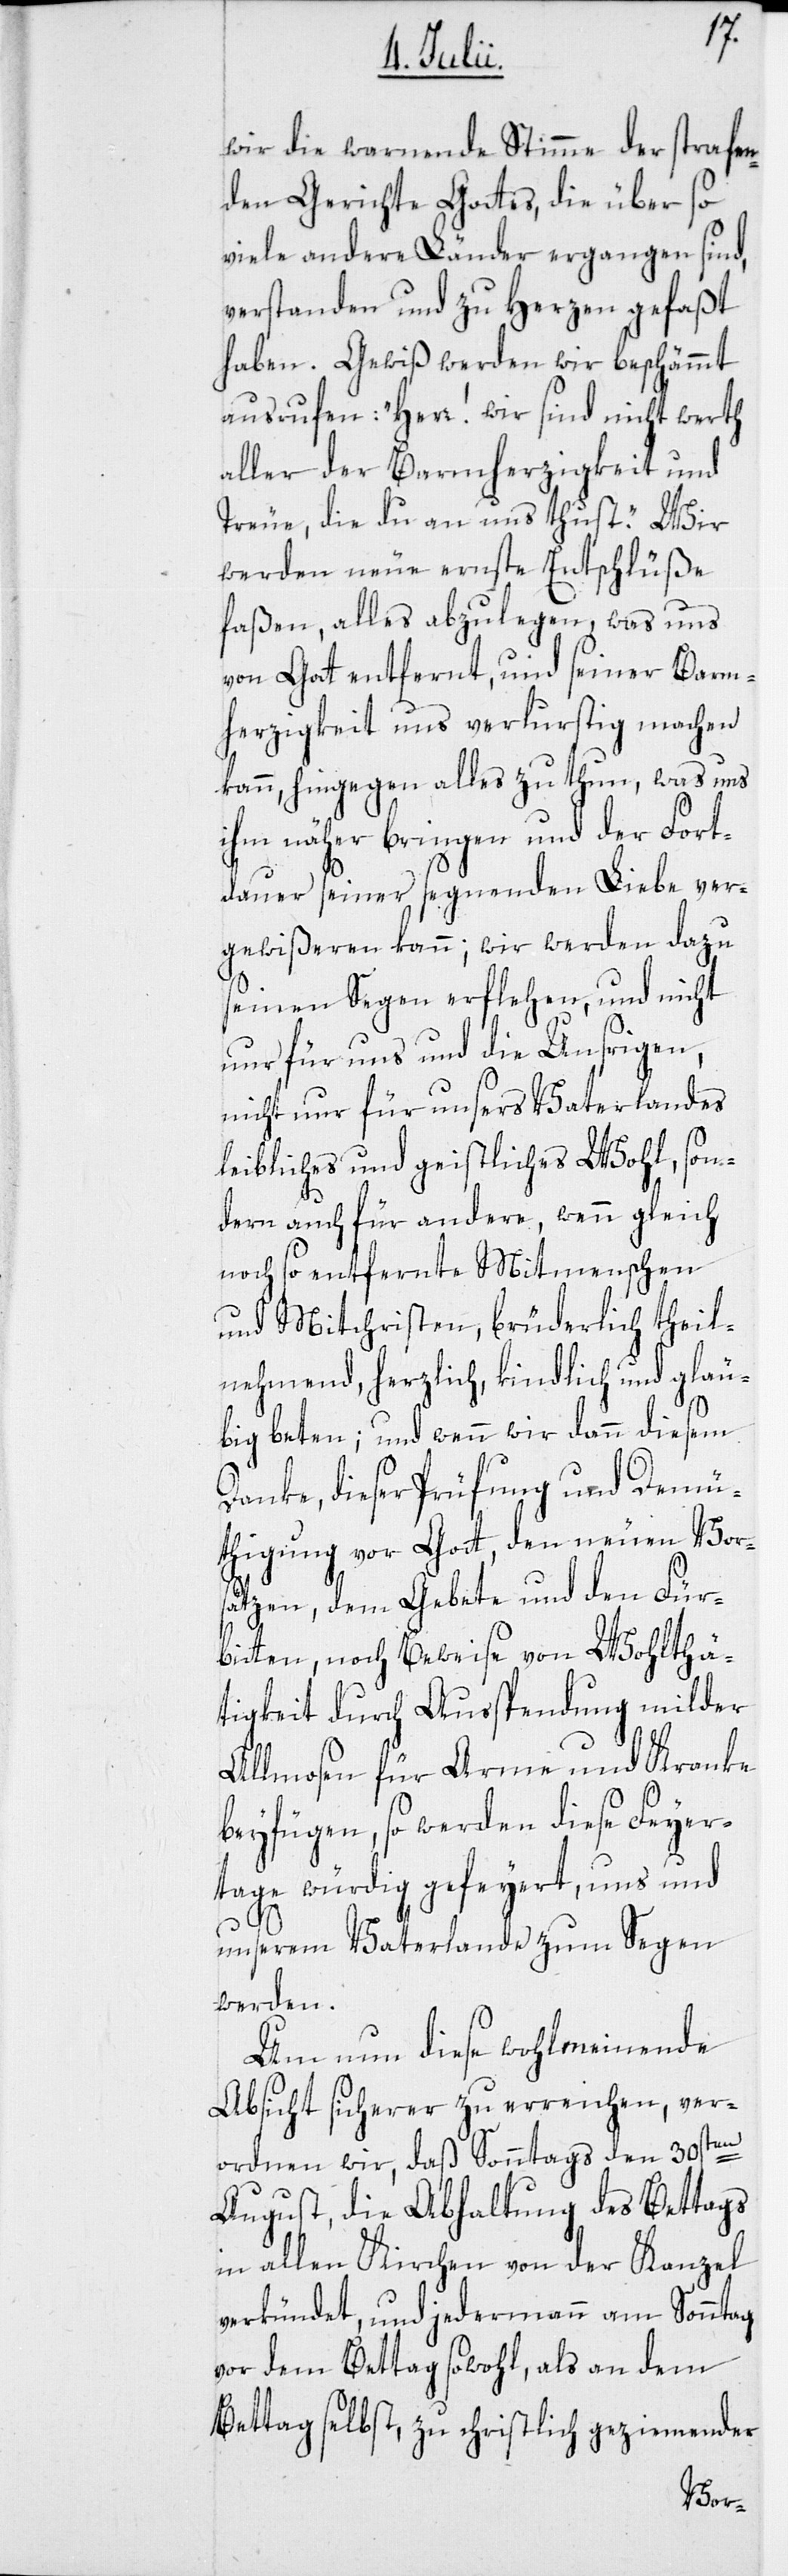
wir die warnende Stimme der strafen¬
den Gerichte Gottes, die über so
viele andere Länder ergangen sind,
verstanden und zu Herzen gefaßt
haben. Gewiß werden wir beschämmt
ausrufen: „Herr! wir sind nicht werth
aller der Barmherzigkeit und
Treue, die du an uns thust.“ Wir
werden neue ernste Entschlüße
faßen, alles abzulegen, was uns
von Gott entfernt, und seiner Barm¬
herzigkeit uns verlurstig machen
kann, hingegen alles zu thun, was uns
ihm näher bringen und der Fort¬
dauer seiner segnenden Liebe ver¬
gewißeren kann; wir werden dazu
seinen Segen erflehen, und nicht
nur für uns und die Unsrigen,
nicht nur für unsers Vaterlandes
leibliches und geistliches Wohl, son¬
dern auch für andere, wenn gleich
noch so entfernte Mitmenschen
und Mitchristen, brüderlich theil¬
nehmend, herzlich, kindlich und gläu¬
big beten; und wenn wir dann diesem
Danke, dieser Prüfung und Demü¬
thigung vor Gott, den neuen Vor¬
sätzen, dem Gebete und den Für¬
bitten, noch Beweise von Wohlthä¬
tigkeit durch Ausspendung milder
Allmosen für Arme und Kranke
beyfügen, so werden diese Feyer¬
tage würdig gefeyert, uns und
unserem Vaterlande zum Segen
werden.
Um nun diese wohlmeinende
Absicht sicherer zu erreichen, ver¬
ordnen wir, daß Sonntags den 30sten
August, die Abhaltung des Bettags
in allen Kirchen von der Kanzel
verkündet, und jedermann am Sonntag
vor dem Bettag sowohl als an dem
Bettag selbst, zu christlich geziemender